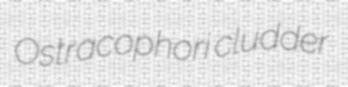
Ostracophori cludder